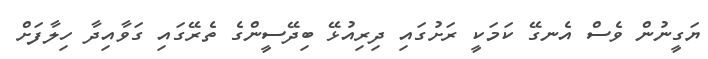
ޔަގީނުން ވެސް އެނގޭ ކަމަކީ ރަށުގައި ދިރިއުޅޭ ބިދޭސީންގެ ތެރޭގައި ގަވާއިދާ ހިލާފަށް